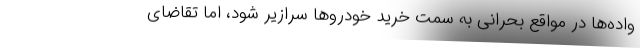
واده‌ها در مواقع بحرانی به سمت خرید خودروها سرازیر شود، اما تقاضای